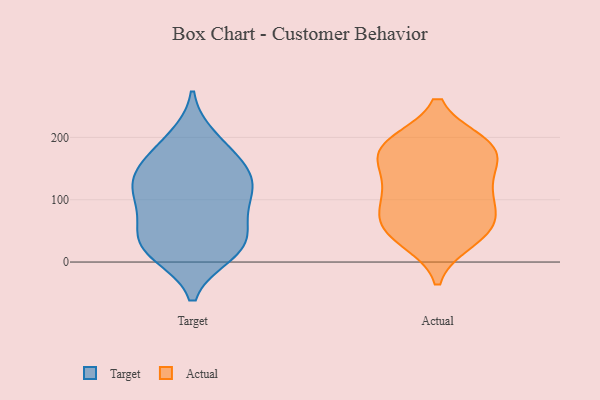
{"axis": {"x": "Shipments", "y": "Value"}, "legend": ["Actual", "Target"], "data": [{"x": "", "y": 13, "type": "Target"}, {"x": "", "y": 99, "type": "Target"}, {"x": "", "y": 199, "type": "Target"}, {"x": "", "y": 53, "type": "Target"}, {"x": "", "y": 43, "type": "Target"}, {"x": "", "y": 118, "type": "Target"}, {"x": "", "y": 138, "type": "Target"}, {"x": "", "y": 140, "type": "Target"}, {"x": "", "y": 29, "type": "Target"}, {"x": "", "y": 104, "type": "Target"}, {"x": "", "y": 137, "type": "Target"}, {"x": "", "y": 160, "type": "Target"}, {"x": "", "y": 21, "type": "Target"}, {"x": "", "y": 18, "type": "Target"}, {"x": "", "y": 81, "type": "Target"}, {"x": "", "y": 184, "type": "Target"}, {"x": "", "y": 182, "type": "Actual"}, {"x": "", "y": 175, "type": "Actual"}, {"x": "", "y": 36, "type": "Actual"}, {"x": "", "y": 127, "type": "Actual"}, {"x": "", "y": 141, "type": "Actual"}, {"x": "", "y": 110, "type": "Actual"}, {"x": "", "y": 53, "type": "Actual"}, {"x": "", "y": 53, "type": "Actual"}, {"x": "", "y": 51, "type": "Actual"}, {"x": "", "y": 189, "type": "Actual"}, {"x": "", "y": 184, "type": "Actual"}, {"x": "", "y": 84, "type": "Actual"}, {"x": "", "y": 184, "type": "Actual"}, {"x": "", "y": 91, "type": "Actual"}]}